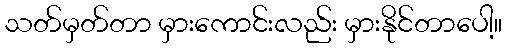
သတ်မှတ်တာ မှားကောင်းလည်း မှားနိုင်တာပေါ့။